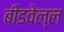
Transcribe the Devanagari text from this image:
बीडवेल्ल